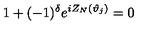
1 + ( - 1 ) ^ { \delta } e ^ { i Z _ { N } ( \vartheta _ { j } ) } = 0